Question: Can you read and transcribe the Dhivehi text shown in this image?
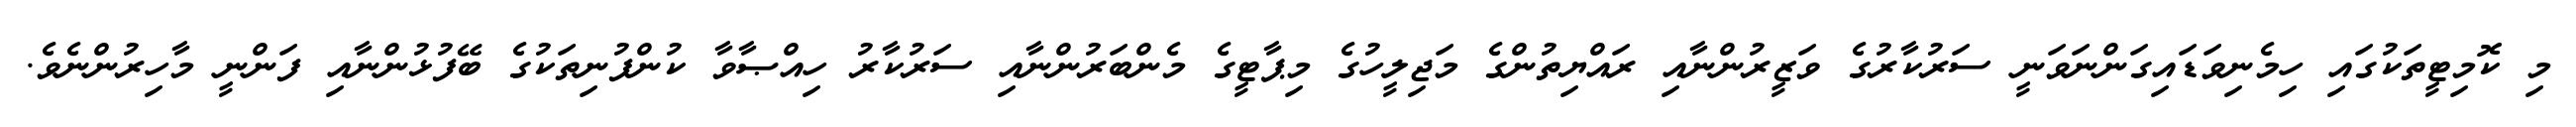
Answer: މި ކޮމިޓީތަކުގައި ހިމެނިވަޑައިގަންނަވަނީ ސަރުކާރުގެ ވަޒީރުންނާއި ރައްޔިތުންގެ މަޖިލީހުގެ މިޕާޓީގެ މެންބަރުންނާއި ސަރުކާރު ހިއްޞާވާ ކުންފުނިތަކުގެ ބޭފުޅުންނާއި ފަންނީ މާހިރުންނެވެ.